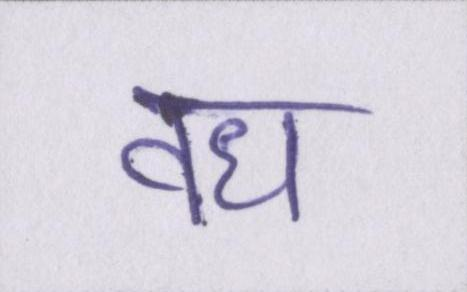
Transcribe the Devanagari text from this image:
वध